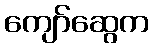
ကျော်ဆွေက